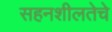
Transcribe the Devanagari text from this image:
सहनशीलतेचे